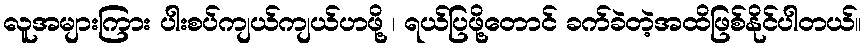
လူအများကြား ပါးစပ်ကျယ်ကျယ်ဟဖို့ ၊ ရယ်ပြဖို့တောင် ခက်ခဲတဲ့အထိဖြစ်နိုင်ပါတယ်။